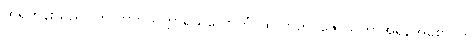
ထိုရဟန်းသည်။ တလာဘသက္ကာရသိလောကံ၊ ထိုလာဘ်ပူဇော်သကာအရှိန်အစော်ကို။